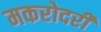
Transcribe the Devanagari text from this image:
मकरोदरी